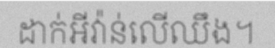
ដាក់អីវ៉ាន់លើឈឹង។